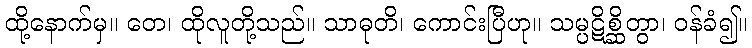
ထို့နောက်မှ။ တေ၊ ထိုလူတို့သည်။ သာဓုတိ၊ ကောင်းပြီဟု။ သမ္ပဋိစ္ဆိတွာ၊ ဝန်ခံ၍။